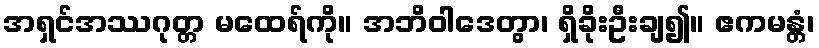
အရှင်အဿဂုတ္တ မထေရ်ကို။ အဘိဝါဒေတွာ၊ ရှိခိုးဦးချ၍။ ဧကမန္တံ၊